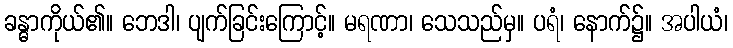
ခန္ဓာကိုယ်၏။ ဘေဒါ၊ ပျက်ခြင်းကြောင့်။ မရဏာ၊ သေသည်မှ။ ပရံ၊ နောက်၌။ အပါယံ၊